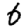
Digit: 6